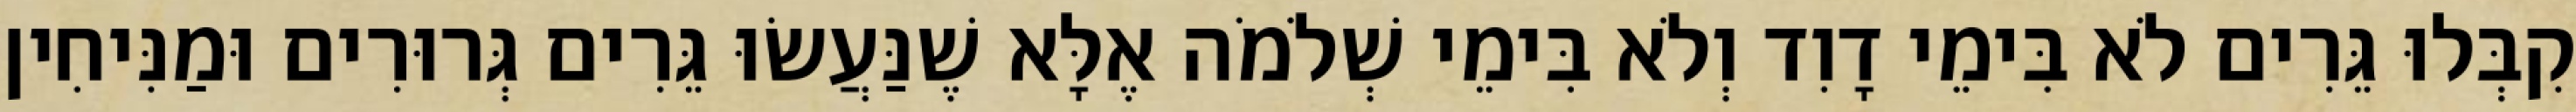
קִבְּלוּ גֵּרִים לֹא בִּימֵי דָוִד וְלֹא בִּימֵי שְׁלֹמֹה אֶלָּא שֶׁנַּעֲשׂוּ גֵּרִים גְּרוּרִים וּמַנִּיחִין